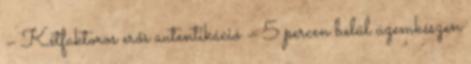
– Kétfaktoros erős autentikáció – 5 percen belül üzemkészen